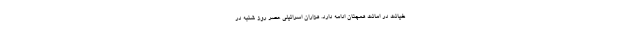
خیانت در امانت همچنان ادامه دارد. هزاران اسرائیلی عصر روز شنبه در